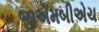
જીએમબીએચ